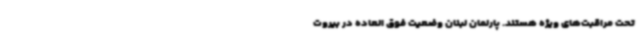
تحت مراقبت‌های ویژه هستند. پارلمان لبنان وضعیت فوق العاده در بیروت